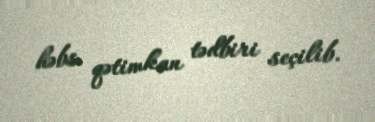
həbs qətimkan tədbiri seçilib.